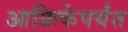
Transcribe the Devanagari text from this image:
आफ्रिकेपर्यंत